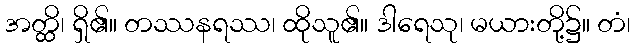
အတ္ထိ၊ ရှိ၏။ တဿနရဿ၊ ထိုသူ၏။ ဒါရေသု၊ မယားတို့၌။ တံ၊